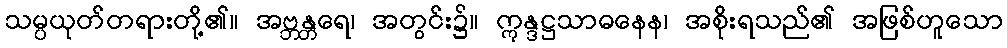
သမ္ပယုတ်တရားတို့၏။ အဗ္ဘန္တရေ၊ အတွင်း၌။ ဣန္ဒဋ္ဌသာဓနေန၊ အစိုးရသည်၏ အဖြစ်ဟူသော